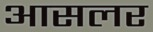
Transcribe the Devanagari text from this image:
आसलर